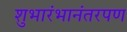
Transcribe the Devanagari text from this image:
शुभारंभानंतरपण